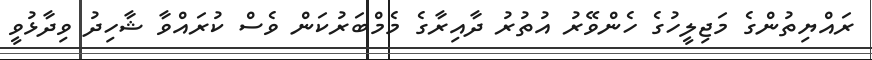
ރައްޔިތުންގެ މަޖިލީހުގެ ހެންވޭރު އުތުރު ދާއިރާގެ މެމްބަރުކަން ވެސް ކުރައްވާ ޝާހިދު ވިދާޅުވީ